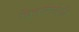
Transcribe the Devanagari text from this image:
वित्तसंस्थेची